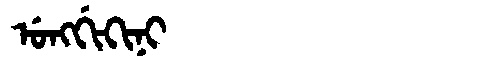
Manchu: ᡠᠩᡤᡳᡴᡳᠨᡳ
Romanization: UNGGIKINI